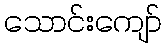
သောင်းကျော်